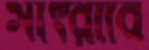
সাঁৎরাবে